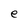
Character: e